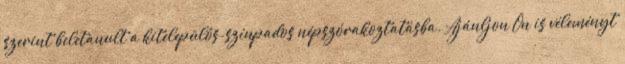
szerint beletanult a kitelepülős-színpados népszórakoztatásba. Ajánljon Ön is véleményt